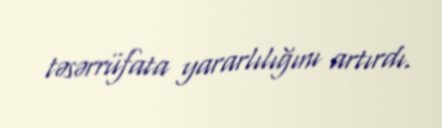
təsərrüfata yararlılığını artırdı.